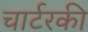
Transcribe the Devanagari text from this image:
चार्टरकी